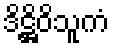
ဒိဋ္ဌိဝိသူကံ